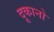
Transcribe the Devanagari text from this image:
दूकानो